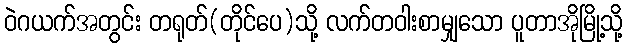
ဝဲဂယက်အတွင်း တရုတ်(တိုင်ပေ)သို့ လက်တဝါးစာမျှသော ပူတာအိုမြို့သို့